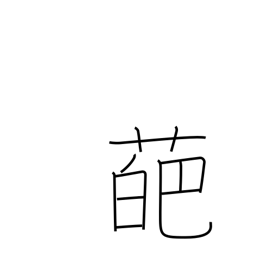
Meaning: petal